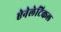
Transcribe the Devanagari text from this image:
ऐनेलेटिकल